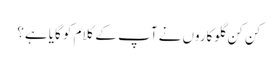
کن کن گلوکاروں نے آپ کے کلام کو گایا ہے؟